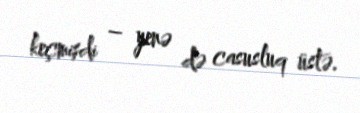
keçmişdi – yenə də casusluq üstə.